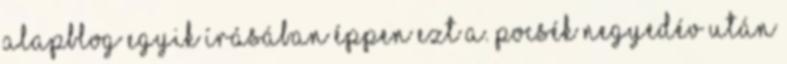
Alapblog egyik írásában éppen ezt a. Pocsék negyedév után